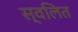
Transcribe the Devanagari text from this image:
स्वलित